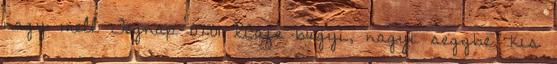
nagy mell Tegnap 07:01 XCafe bugyi, nagyi seggbe, kis